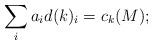
LaTeX: \begin{align*}\sum_i a_i d(k)_i = c_k(M);\end{align*}